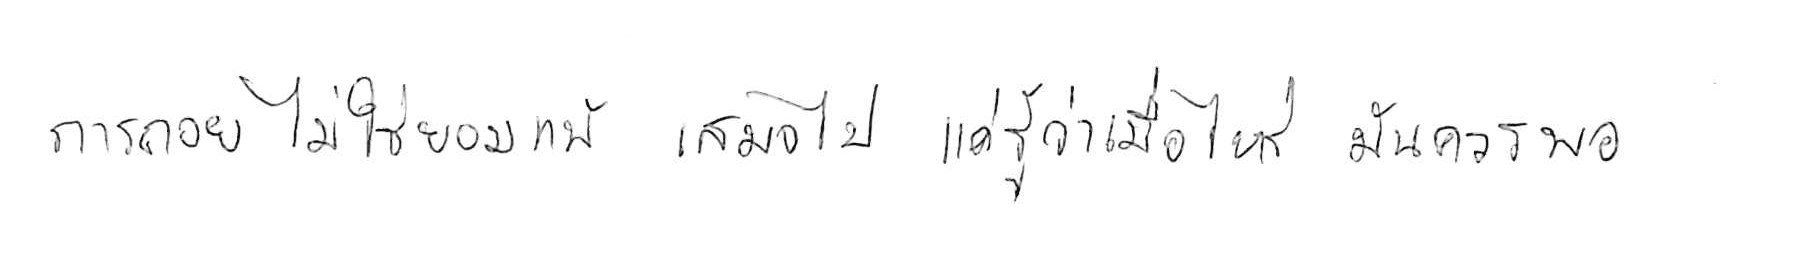
การถอย ไม่ใช่ยอมแพ้ เสมอไป แค่รู้ว่าเมื่อไหร่ มันควรพอ